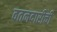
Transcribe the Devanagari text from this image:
वतनदारीची